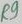
Text: R9